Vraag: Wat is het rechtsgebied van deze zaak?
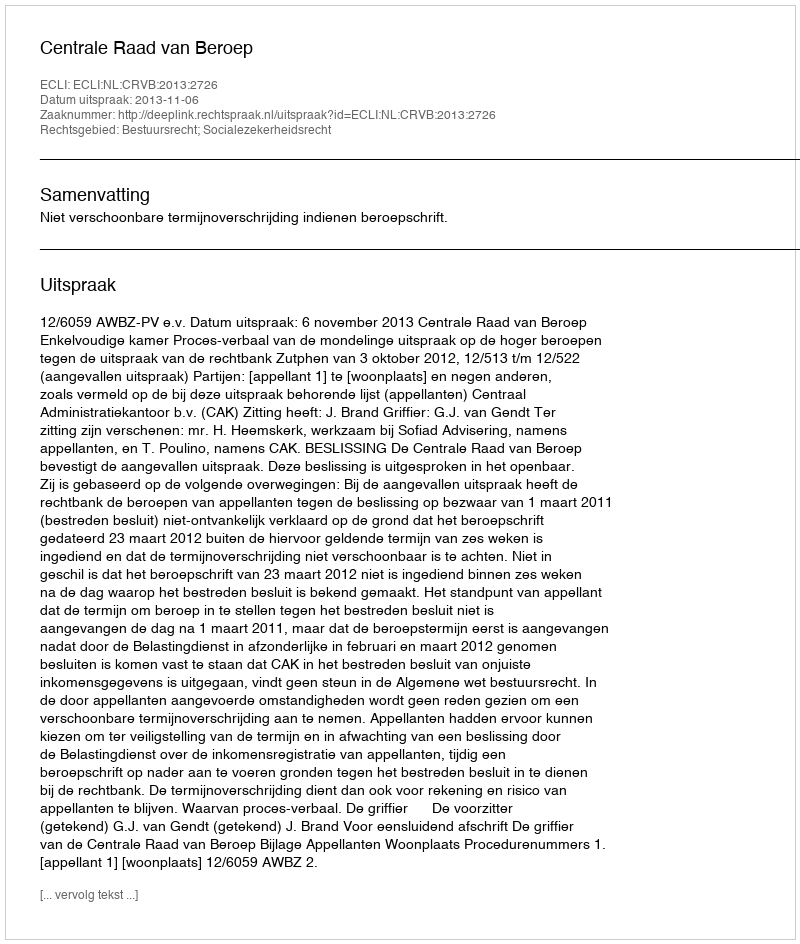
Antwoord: Bestuursrecht; Socialezekerheidsrecht